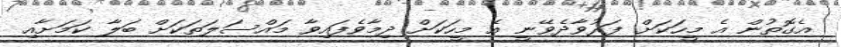
އެގޮތުން އެ މީހަކަށް ފަރުވާދެވޭނީ އެ މީހަކަށް ދިމާވެފައިވާ މައްސަލަތަކަށް ބަލާ ކަމަށާއި